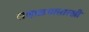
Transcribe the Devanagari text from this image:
लव्हाळयासारखी